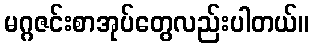
မဂ္ဂဇင်းစာအုပ်တွေလည်းပါတယ်။